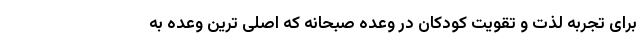
برای تجربه لذت و تقویت کودکان در وعده صبحانه که اصلی ترین وعده به